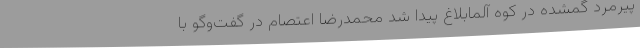
پیرمرد گمشده در کوه آلمابلاغ پیدا شد محمدرضا اعتصام در گفت‌وگو با